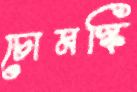
চোমস্কি